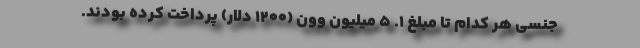
جنسی هر کدام تا مبلغ ۱. ۵ میلیون وون (۱۲۰۰ دلار) پرداخت کرده بودند.